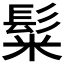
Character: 𩭄